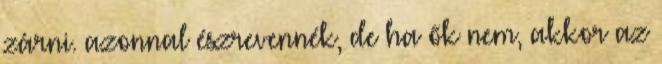
zárni. azonnal észrevennék, de ha ők nem, akkor az